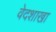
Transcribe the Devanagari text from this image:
वेदशाखा